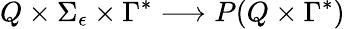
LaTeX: Q\times\Sigma_{\epsilon}\times\Gamma^{*}\longrightarrow P(Q\times\Gamma^{*})